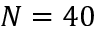
N = 4 0